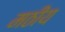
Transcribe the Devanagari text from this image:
मठीय